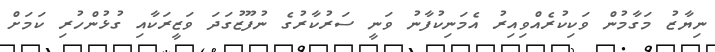
ނިޔާޒު މަގާމުން ވަކިކުރެއްވިއިރު އެމަނިކުފާނު ވަނީ ސަރުކާރުގެ ނުފޫޒުގަދަ ވަޒީރަކާއި ގުޅުންހުރި ކަމަށް